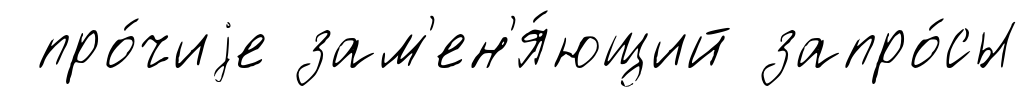
про́чиjе зам'ен'я́ющий запро́сы